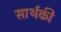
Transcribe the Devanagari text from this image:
सार्थकी